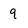
Character: 9